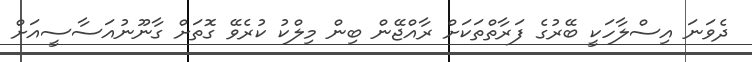
ދެވަނަ އިސްލާހަކީ ބޭރުގެ ފަރާތްތަކަށް ރާއްޖޭން ބިން މިލްކު ކުރެވޭ ގޮތަށް ގާނޫނުއަސާސީއަށް